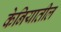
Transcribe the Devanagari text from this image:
केनियातील